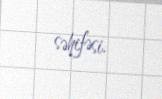
səhifəsi.